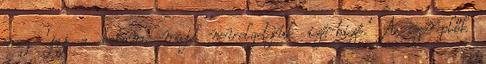
meg 'jaj a babám, majd nevelgetjük izé-bizé.' A szereplők